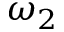
\omega _ { 2 }